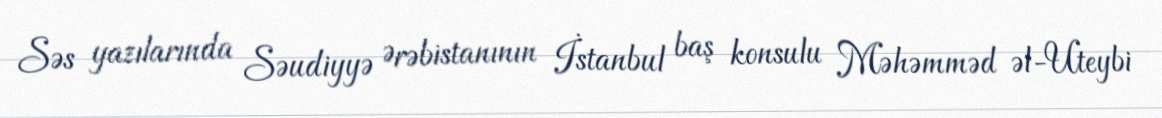
Səs yazılarında Səudiyyə Ərəbistanının İstanbul baş konsulu Məhəmməd əl-Uteybi